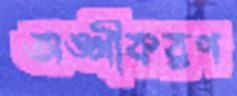
অঙ্গীকরণ